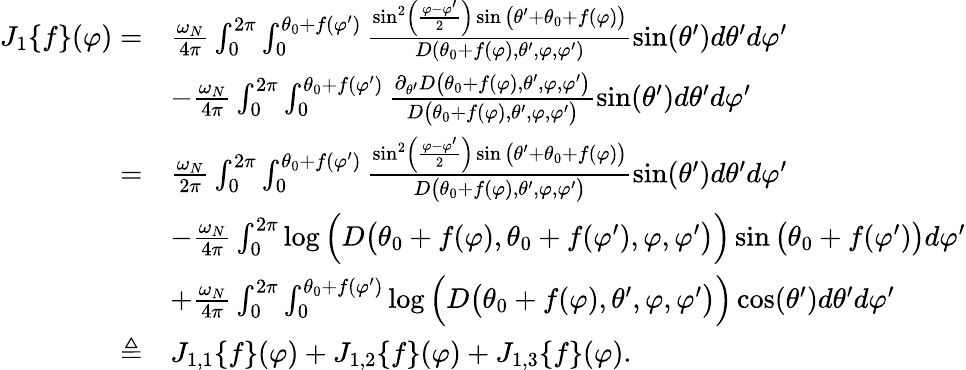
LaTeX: \begin{array}{rl}{J_{1}\{ f\} (\varphi)=}&{\frac{\omega_{N}}{4\pi}\int_{0}^{2\pi}\int_{0}^{\theta_{0}+f(\varphi^{\prime})}\frac{\sin^{2}\left(\frac{\varphi-\varphi^{\prime}}{2}\right)\sin\big(\theta^{\prime}+\theta_{0}+f(\varphi)\big)}{D(\theta_{0}+f(\varphi),\theta^{\prime},\varphi,\varphi^{\prime})}\sin(\theta^{\prime})d\theta^{\prime}d\varphi^{\prime}}\\ &{-\frac{\omega_{N}}{4\pi}\int_{0}^{2\pi}\int_{0}^{\theta_{0}+f(\varphi^{\prime})}\frac{\partial_{\theta^{\prime}}D\big(\theta_{0}+f(\varphi),\theta^{\prime},\varphi,\varphi^{\prime}\big)}{D\big(\theta_{0}+f(\varphi),\theta^{\prime},\varphi,\varphi^{\prime}\big)}\sin(\theta^{\prime})d\theta^{\prime}d\varphi^{\prime}}\\ {=}&{\frac{\omega_{N}}{2\pi}\int_{0}^{2\pi}\int_{0}^{\theta_{0}+f(\varphi^{\prime})}\frac{\sin^{2}\left(\frac{\varphi-\varphi^{\prime}}{2}\right)\sin\big(\theta^{\prime}+\theta_{0}+f(\varphi)\big)}{D\big(\theta_{0}+f(\varphi),\theta^{\prime},\varphi,\varphi^{\prime}\big)}\sin(\theta^{\prime})d\theta^{\prime}d\varphi^{\prime}}\\ &{-\frac{\omega_{N}}{4\pi}\int_{0}^{2\pi}\log\Big(D\big(\theta_{0}+f(\varphi),\theta_{0}+f(\varphi^{\prime}),\varphi,\varphi^{\prime}\big)\Big)\sin\big(\theta_{0}+f(\varphi^{\prime})\big)d\varphi^{\prime}}\\ &{+\frac{\omega_{N}}{4\pi}\int_{0}^{2\pi}\int_{0}^{\theta_{0}+f(\varphi^{\prime})}\log\Big(D\big(\theta_{0}+f(\varphi),\theta^{\prime},\varphi,\varphi^{\prime}\big)\Big)\cos(\theta^{\prime})d\theta^{\prime}d\varphi^{\prime}}\\ {\triangleq}&{J_{1,1}\{ f\} (\varphi)+J_{1,2}\{ f\} (\varphi)+J_{1,3}\{ f\} (\varphi).}\end{array}